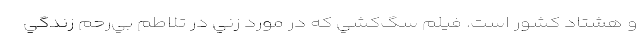
و هشتاد کشور است. فيلم سگ‌کشي که در مورد زني در تلاطم بي‌رحم زندگي